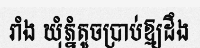
រាំង ឃុំភ្នំតូចប្រាប់ឱ្យដឹង